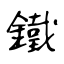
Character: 鐵